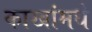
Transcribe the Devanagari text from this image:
काखांमधे